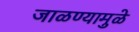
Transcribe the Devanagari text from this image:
जाळण्यामुळे